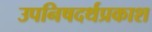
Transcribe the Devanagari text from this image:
उपनिषदर्थप्रकाश